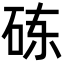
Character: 𬒃